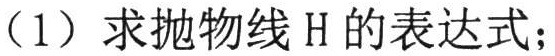
（1）求抛物线\(H\)的表达式；